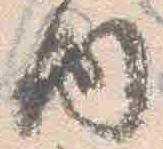
内